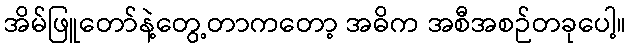
အိမ်ဖြူတော်နဲ့တွေ့တာကတော့ အဓိက အစီအစဉ်တခုပေါ့။